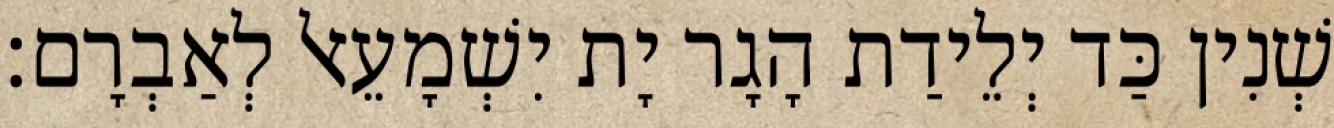
שְׁנִין כַּד יְלֵידַת הָגָר יָת יִשְׁמָעֵאל לְאַבְרָם׃